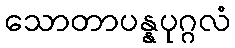
သောတာပန္နပုဂ္ဂလံ